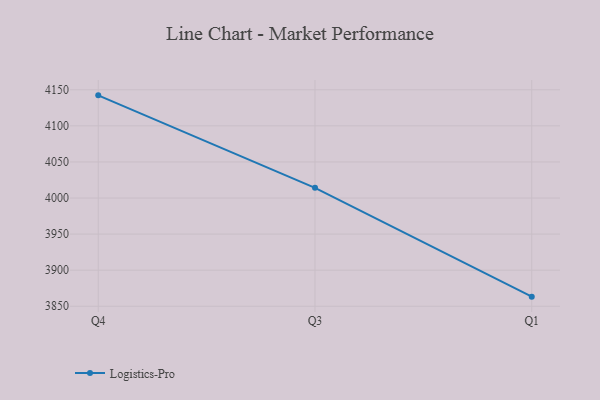
{"axis": {"x": "Quarter", "y": "Page Views"}, "legend": ["Logistics-Pro"], "data": [{"x": "Q4", "y": 4142.3, "type": "Logistics-Pro"}, {"x": "Q3", "y": 4014.1, "type": "Logistics-Pro"}, {"x": "Q1", "y": 3863.3, "type": "Logistics-Pro"}]}